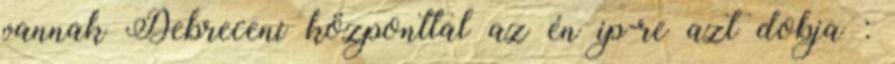
vannak Debreceni központtal az én ip-re azt dobja :